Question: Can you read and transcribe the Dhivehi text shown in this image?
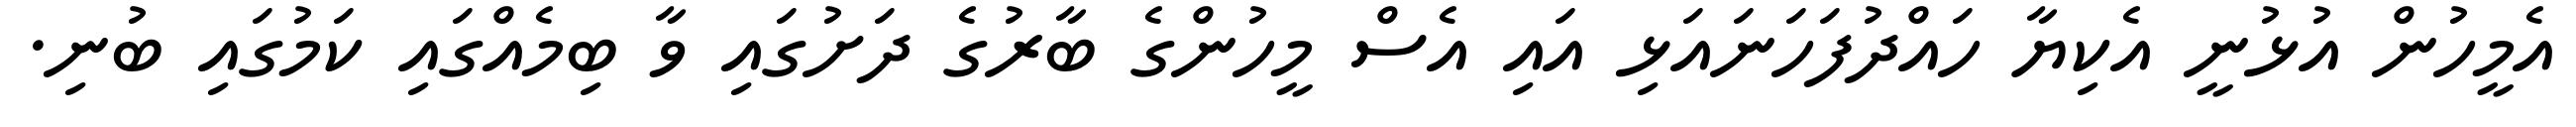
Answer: އެމީހުން އުޅުނީ އެކިޔާ ހައްދުފަހަނައަޅި އައި އެސް މީހުންގެ ބާރުގެ ދަށުގައި ވާ ބިމެއްގައި ކަމުގައި ބުނި.